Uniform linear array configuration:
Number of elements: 48
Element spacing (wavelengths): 0.75
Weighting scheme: uniform
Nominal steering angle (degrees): -30
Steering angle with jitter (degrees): -28.093
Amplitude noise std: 0.05
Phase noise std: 0.05

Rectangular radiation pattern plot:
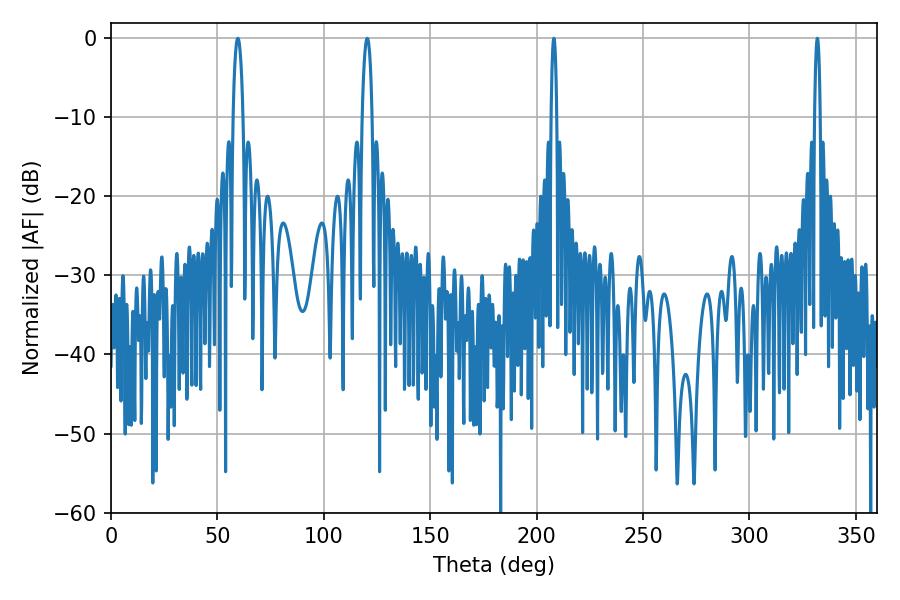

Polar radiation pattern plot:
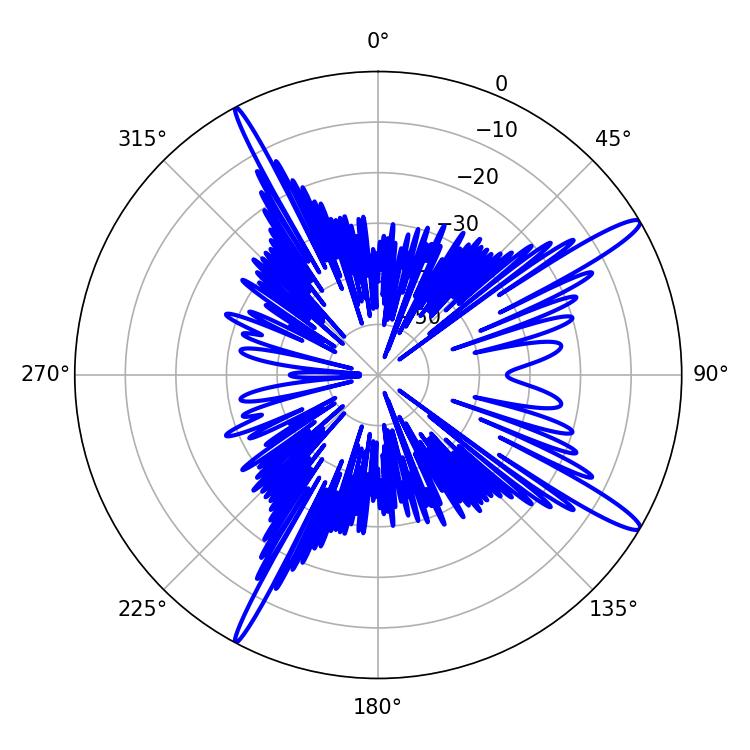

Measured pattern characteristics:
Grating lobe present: TRUE
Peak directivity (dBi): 14.889
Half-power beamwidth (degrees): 2.52
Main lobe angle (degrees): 120.42